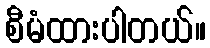
စီမံထားပါတယ်။